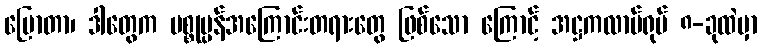
ပြောတာ၊ ဒါတွေက ပစ္စုပ္ပန်အကြောင်းတရားတွေ ဖြစ်သော ကြောင့် အဋ္ဌကလာပ်ရုပ် ၈-ခုထဲမှာ